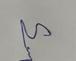
Signature authenticity: genuine